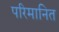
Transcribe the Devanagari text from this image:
परिमानित